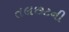
તલછટની